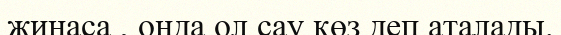
жинаса , онда ол сау көз деп аталады.